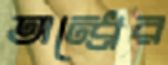
অন্ধ্রের